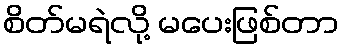
စိတ်မရဲလို့ မပေးဖြစ်တာ